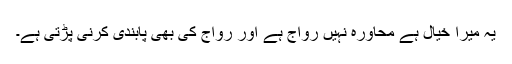
یہ میرا خیال ہے محاورہ نہیں رواج ہے اور رواج کی بھی پابندی کرنی پڑتی ہے۔